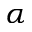
\alpha